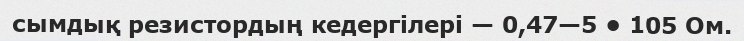
сымдық резистордың кедергілері — 0,47—5 • 105 Ом.